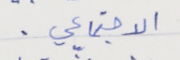
الاجتماعي .